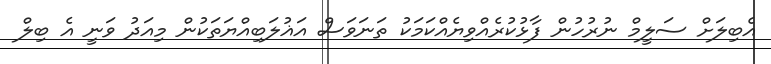
އެބިލަށް ސަލީމް ނުރުހުން ފާޅުކުރެއްވިޔެއްކަމަކު ތަނަވަސް އަޣުލަބިއްޔަތަކުން މިއަދު ވަނީ އެ ބިލް